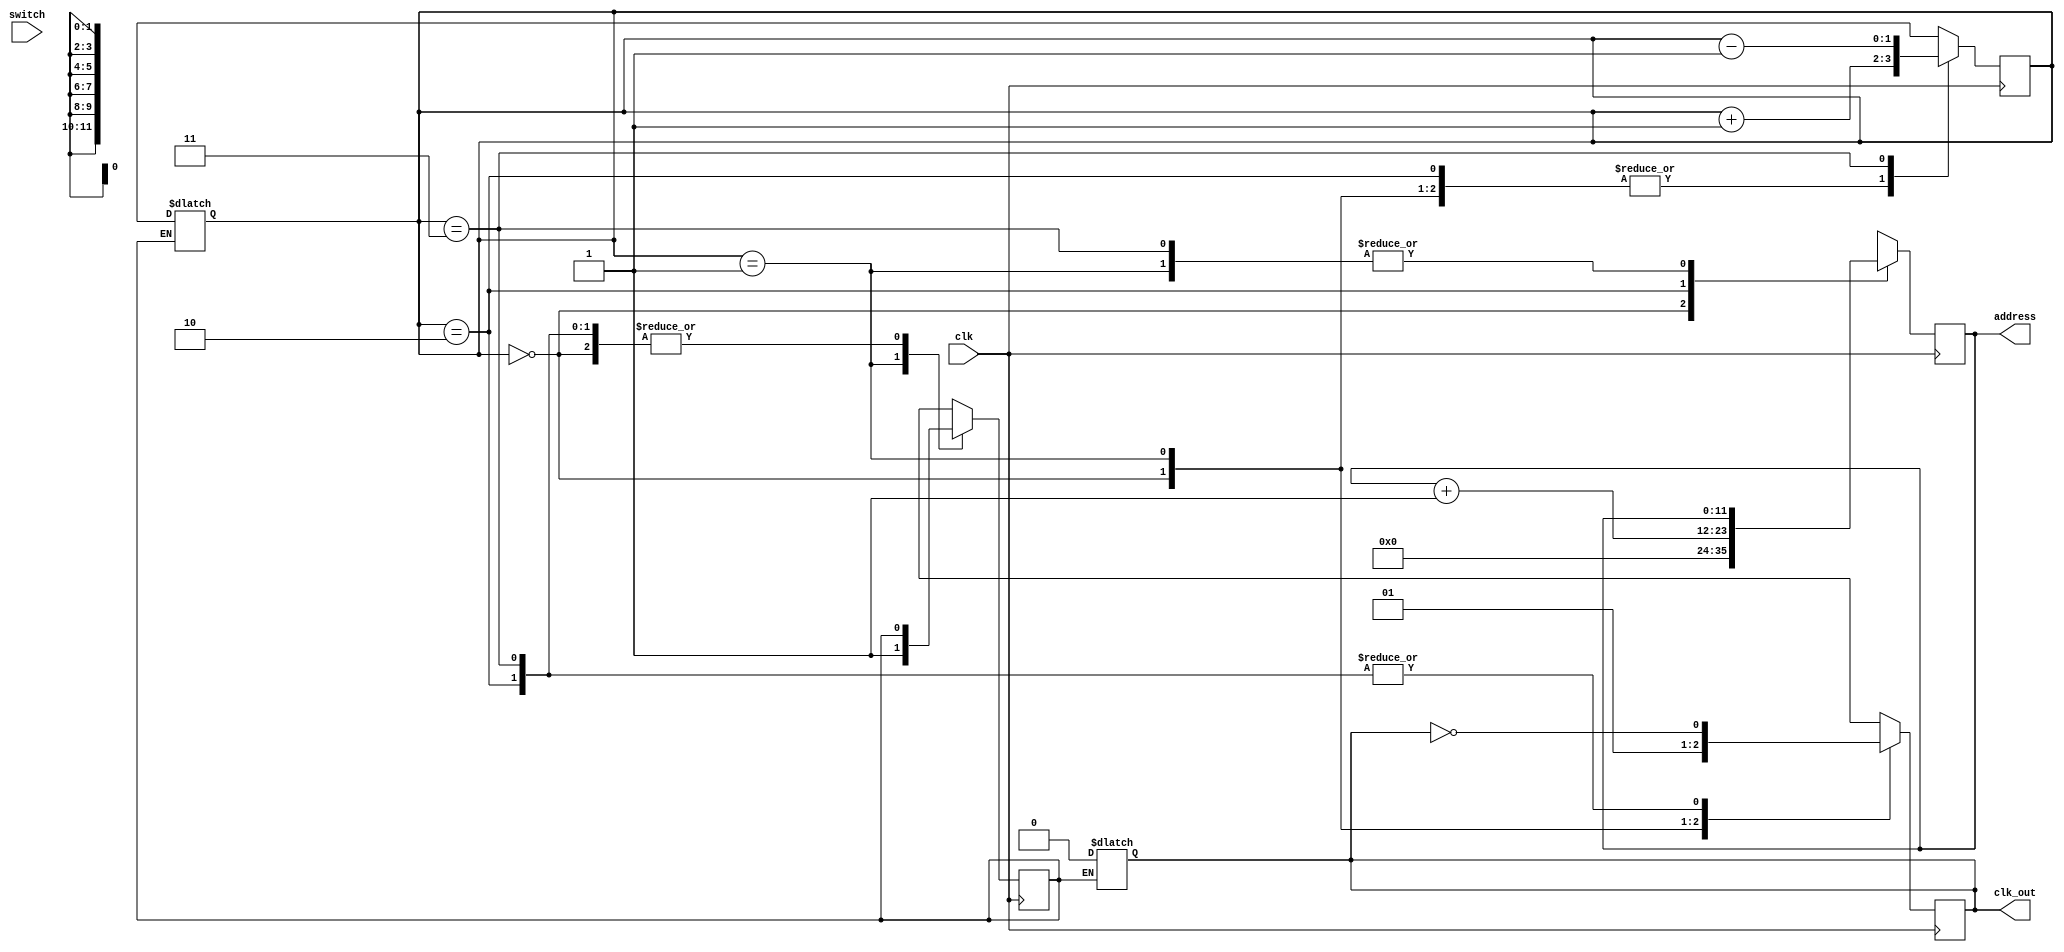
`timescale 1ns / 1ps
//////////////////////////////////////////////////////////////////////////////////
// Company: 
// Engineer: 
// 
// Design Name: 
// Module Name: fetch_unit_with_reset
// Project Name: 
// Target Devices: 
// Tool Versions: 
// Description: 
// 
// Dependencies: 
// 
// Revision:
// Revision 0.01 - File Created
// Additional Comments:
// 
//////////////////////////////////////////////////////////////////////////////////


module fetch_unit_with_reset(clk,switch,address,clk_out);
    input switch;
    input clk;
    output reg [11:0] address;
    output reg clk_out;
    reg wtf;
    
    reg [1:0] count;
    
    always @(switch)
        begin
            if (wtf)
                begin
                    count = 2'bXX;
                    clk_out = 1'b0;
                end
        end
    
    always @(negedge clk)
    begin
        case(count)
            2'b00:
            begin
                address = 12'h000;
                clk_out = 1'b0;
                count = count + 1;
            end
            2'b01:
            begin   
                wtf = 1'b1;
                clk_out = 2'd1;
                count = count + 1;
            end
            2'b10:
            begin
                clk_out = ~clk_out;
                address = address + 1;
                count = count + 1;
            end
            2'b11:
            begin
                count = count - 1;
                clk_out = ~clk_out;
            end
            default:
                begin
                    count = 2'b00;
                end
                
        endcase
    end
endmodule